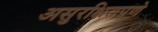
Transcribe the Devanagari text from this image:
असुरक्षितपणे